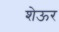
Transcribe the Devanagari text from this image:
शेऊर